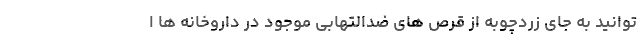
توانید به جای زردچوبه از قرص های ضدالتهابی موجود در داروخانه ها ا